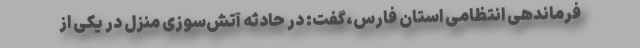
فرماندهی انتظامی استان فارس،گفت: در حادثه آتش‌سوزی منزل در یکی از